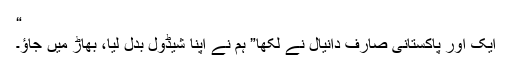
“
ایک اور پاکستانی صارف دانیال نے لکھا” ہم نے اپنا شیڈول بدل لیا، بھاڑ میں جاﺅ۔